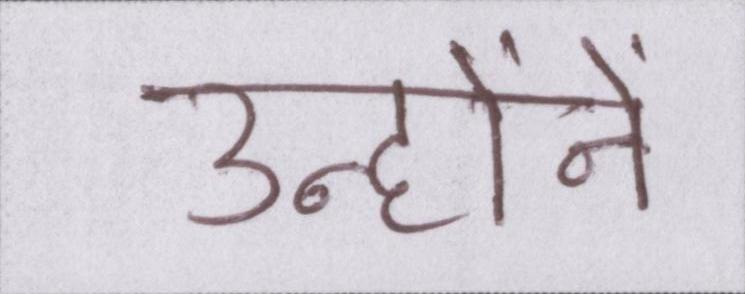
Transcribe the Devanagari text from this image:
उन्होंने